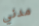
مدني